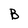
Character: B